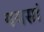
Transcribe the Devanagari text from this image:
पयसां